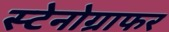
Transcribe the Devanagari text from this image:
स्टेनोग्राफर